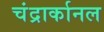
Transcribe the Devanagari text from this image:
चंद्रार्कानल